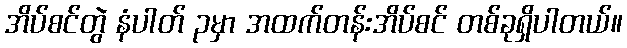
အိပ်စင်တွဲ နံပါတ် ၃မှာ အထက်တန်းအိပ်စင် တစ်ခုရှိပါတယ်။